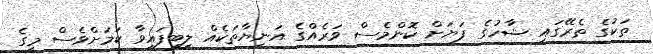
ތަކުގެ ތެރޭގައި ޝާހުގެ ފަޔަށް ކޮންމެސް ވަރެއްގެ އަނިޔާތަކެއް ލިބިފައިވާ ކަމަށްވެސް މީގެ